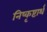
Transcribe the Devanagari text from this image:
निष्कृष्टार्थ